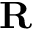
\mathbf { R }